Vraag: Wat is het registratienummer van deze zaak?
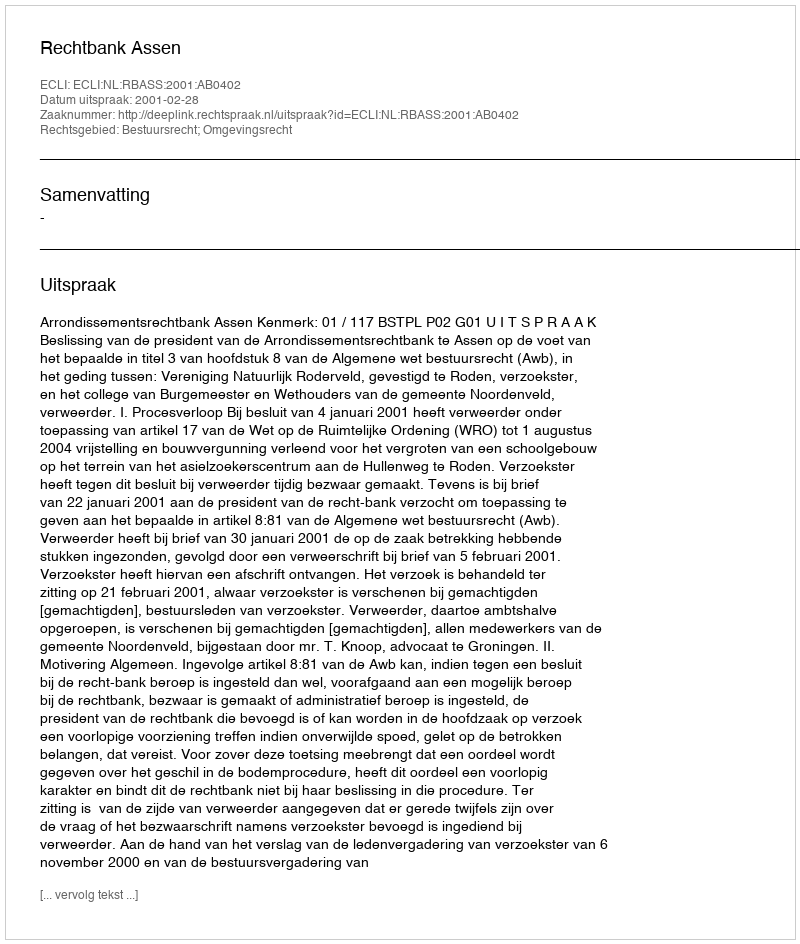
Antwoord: http://deeplink.rechtspraak.nl/uitspraak?id=ECLI:NL:RBASS:2001:AB0402